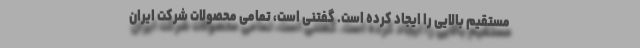
مستقیم بالایی را ایجاد کرده است. گفتنی است، تمامی محصولات شرکت ایران